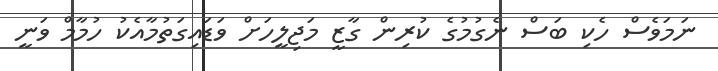
ނަމަވެސް ހެކި ބަސް ނެގުމުގެ ކުރިން ގާޒީ މަޖިލީހަށް ވަޑައިގަތުމާއެކު ހުމާމް ވަނީ